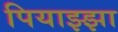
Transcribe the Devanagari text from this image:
पियाझ्झा